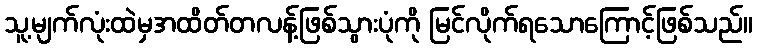
သူ့မျက်လုံးထဲမှအထိတ်တလန့်ဖြစ်သွားပုံကို မြင်လိုက်ရသောကြောင့်ဖြစ်သည်။